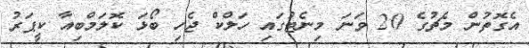
އެގޮތުން މެޗުގެ 20 ވަނަ މިނެޓުގައި ހަލްކް ޖެހި ބޯޅަ ކޮލަމްބިއާ ކީޕަރު